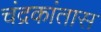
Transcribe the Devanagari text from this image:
चंद्रकांतास